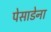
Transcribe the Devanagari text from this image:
पेसाडेना